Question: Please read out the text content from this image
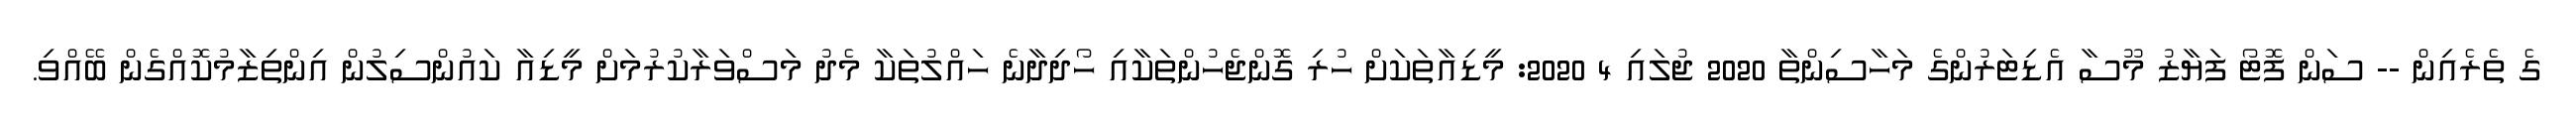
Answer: ގެ ތެރެއިން -- ސަން ފޮޓޯ ފަޔާޒު މޫސާ އެޑިޓަރުންގެ މަހާސިންތާ 2020 ޖުލައި 4 2020: މީޑިއާތަކަށް ހުރި ގޮންޖެހުންތަކާއި ހޯދިދާނެ ހައްލުތަކާ މެދު މަސްވަރާކުރުމަށް މީޑިއާ ކައުންސިލުން އިންތިޒާމުކޮއްގެން ބޭއްވި.